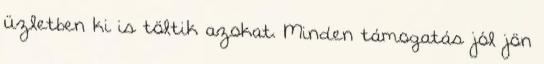
üzletben ki is töltik azokat. Minden támogatás jól jön